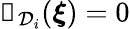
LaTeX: \mathbb{1}_{\mathcal{D}_{i}}({\boldsymbol{\xi}})=0